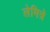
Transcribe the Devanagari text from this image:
लेमित्रे